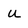
Character: u